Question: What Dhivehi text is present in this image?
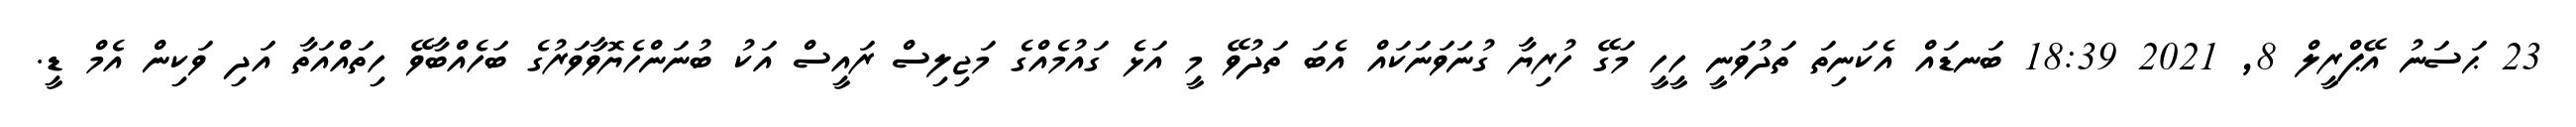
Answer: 23 ޙަސަނު އޭޕްރީލް 8, 2021 18:39 ބަނޑައް އެކަނިތަ ތަދުވަނީ ހީހީ މަގޭ ހުރިޔާ ގުނަވަނަކައް އެބަ ތަދުވޭ މީ އަޅެ ގައުމެއްގެ މަޖިލިސް ރައީސް އަކު ބުނަންހެޔޮވާވަރުގެ ބަހެއްބާވޭ ހިތައްއަތާ އަދި ވަކިން އެމް ޑީ.